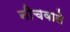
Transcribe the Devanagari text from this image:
नीचवाले